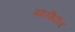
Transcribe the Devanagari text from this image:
मगरमिठीत